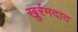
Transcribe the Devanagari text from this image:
खुर्रमदाद